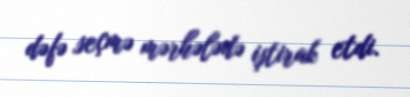
dəfə seçmə mərhələdə iştirak etdi.